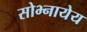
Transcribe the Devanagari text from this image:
सोभ्नायेय